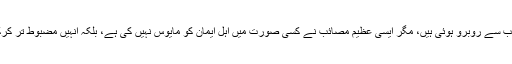
تاریخ گواہ ہے کہ امت مسلمہ کے حقپال تحریکیں ہمیشہ رہبروں کی شہادت، وفات وغیرہ مصائب سے روبرو ہوئی ہیں، مگر ایسی عظیم مصائب نے کسی صورت میں اہل ایمان کو مایوس نہیں کی ہے، بلکہ انہیں مضبوط تر کرکے انہوں نے بلند عزم اور قوی ایمان کیساتھ آخری مرحلے تک برحق جدوجہد کو جاری رکھا ۔